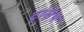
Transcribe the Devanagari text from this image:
ट्रांसेथ